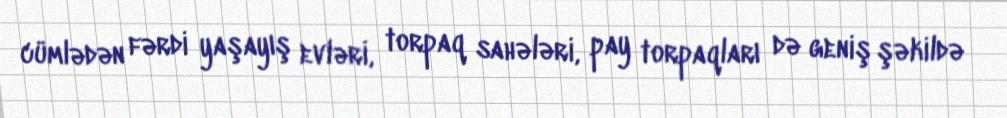
cümlədən fərdi yaşayış evləri, torpaq sahələri, pay torpaqları də geniş şəkildə